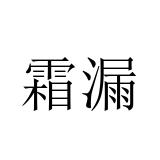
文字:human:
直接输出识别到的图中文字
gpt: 霜漏